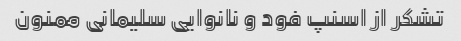
تشکر از اسنپ فود و نانوایی سلیمانی ممنون